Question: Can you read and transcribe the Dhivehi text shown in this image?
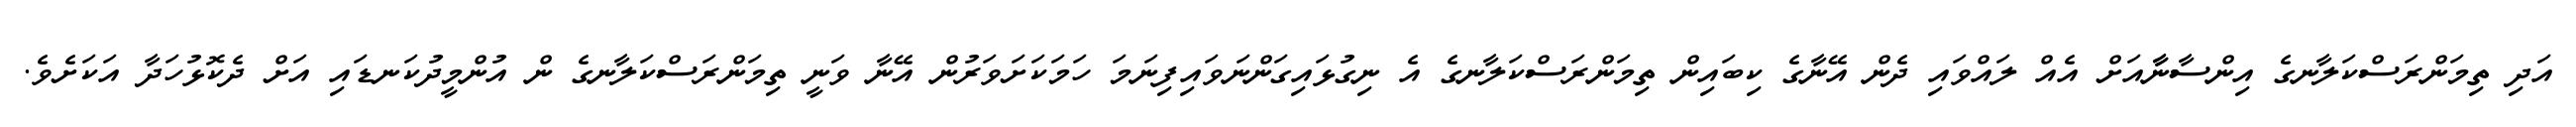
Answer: އަދި ތިމަންރަސްކަލާނގެ އިންސާނާާއަށް އެއް ލައްވައި ދެން އޭނާގެ ކިބައިން ތިމަންރަސްކަލާނގެ އެ ނިގުޅައިގަންނަވައިފިނަމަ ހަމަކަށަވަރުން އޭނާ ވަނީ ތިމަންރަސްކަލާނގެ ން އުންމީދުކަނޑައި އަށް ދެކޮޅުހަދާ އަކަށެވެ.